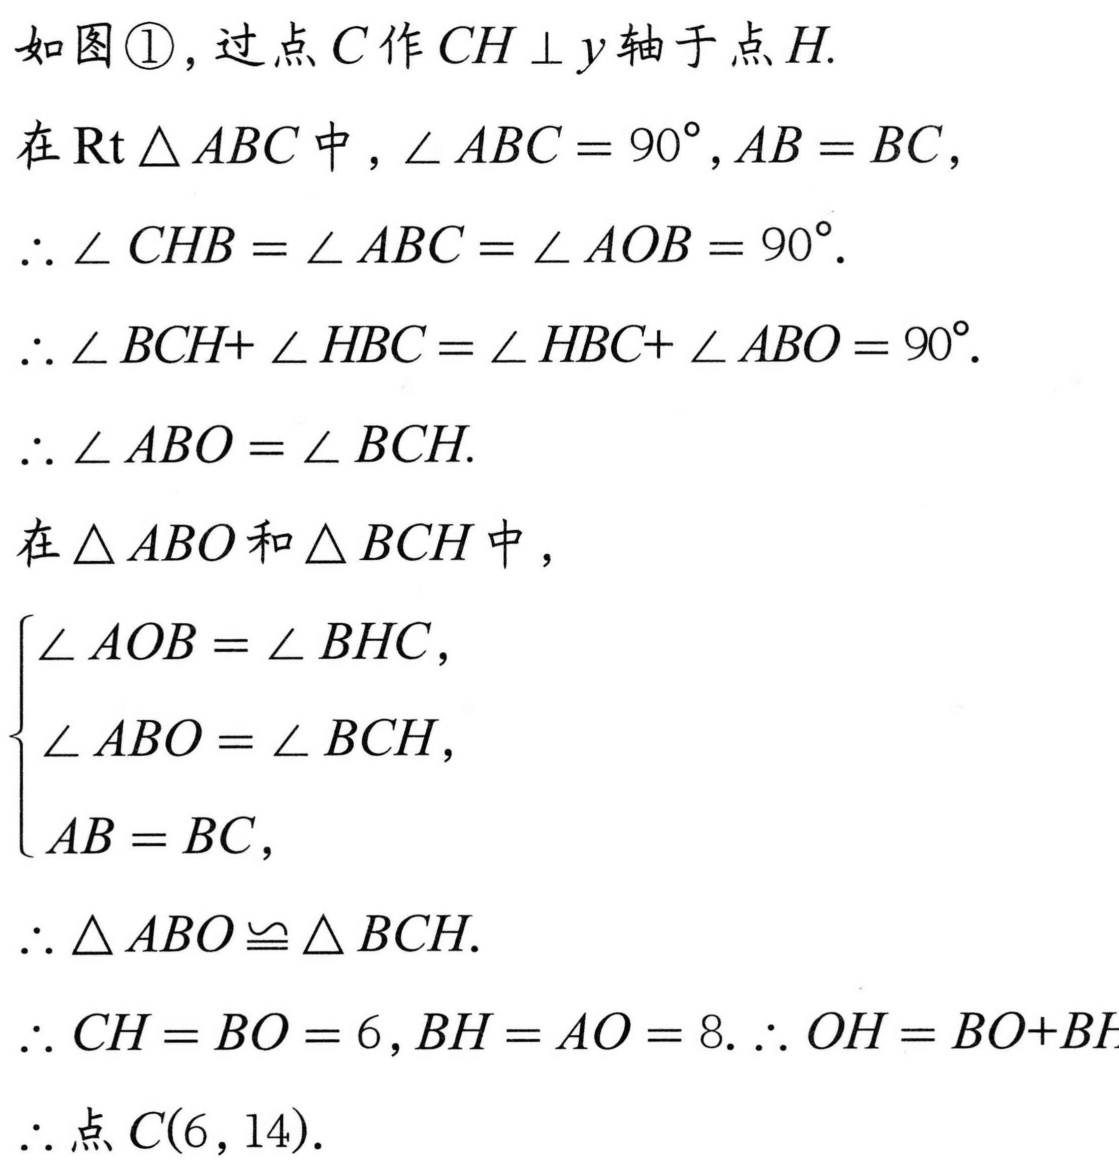
如图\textcircled{1}，过点\(C\)作\(CH\perp y\)轴于点\(H\).
在\(\text{Rt}\triangle ABC\)中，\(\angle ABC = 90^{\circ},AB = BC\)，
\(\therefore\angle CHB=\angle ABC=\angle AOB = 90^{\circ}\).
\(\therefore\angle BCH+\angle HBC=\angle HBC+\angle ABO = 90^{\circ}\).
\(\therefore\angle ABO=\angle BCH\).

在\(\triangle ABO\)和\(\triangle BCH\)中，
\(\begin{cases}
\angle AOB=\angle BHC,\\
\angle ABO=\angle BCH,\\
AB = BC,
\end{cases}\)
\(\therefore\triangle ABO\cong\triangle BCH\).
\(\therefore CH = BO = 6,BH = AO = 8.\therefore OH = BO + BH\)
\(\therefore\)点\(C(6,14)\).